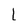
Character: L